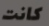
كانت